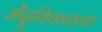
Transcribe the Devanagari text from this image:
मेंदूविकाराचा